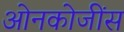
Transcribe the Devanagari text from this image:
ओनकोजींस